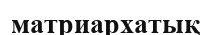
матриархатық